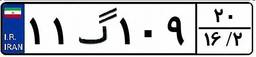
۹۹گ۱۸۲۱۱